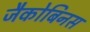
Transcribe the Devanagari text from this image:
जैकोबिनस